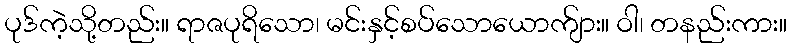
ပုဒ်ကဲ့သို့တည်း။ ရာဇပုရိသော၊ မင်းနှင့်စပ်သောယောက်ျား။ ဝါ၊ တနည်းကား။